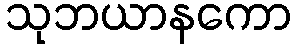
သုဘယာနကော